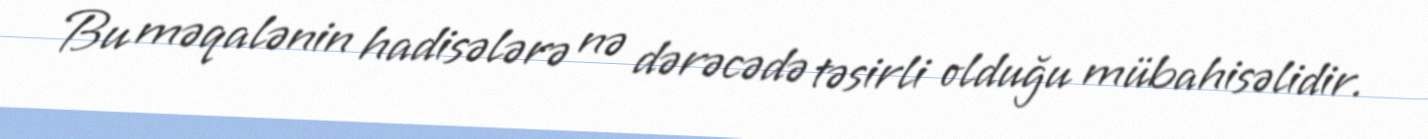
Bu məqalənin hadisələrə nə dərəcədə təsirli olduğu mübahisəlidir.